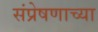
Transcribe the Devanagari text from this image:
संप्रेषणाच्या